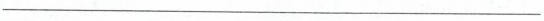
___